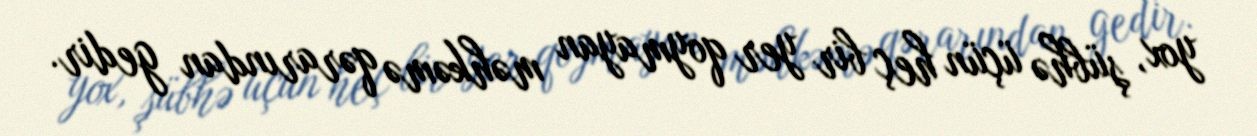
yox, şübhə üçün heç bir yer qoymayan məhkəmə qərarından gedir.